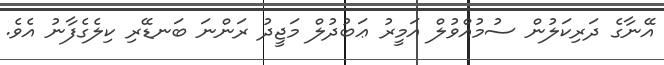
އޭނާގެ ދަރިކަލުން ސުމުއްވުލް އަމީރު ޢަބުދުލް މަޖީދު ރަންނަ ބަނޑޭރި ކިލެގެފާނު އެވެ.